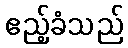
ဧည့်ခံသည်